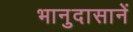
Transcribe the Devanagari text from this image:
भानुदासानें